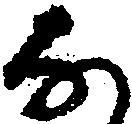
な